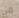
فى